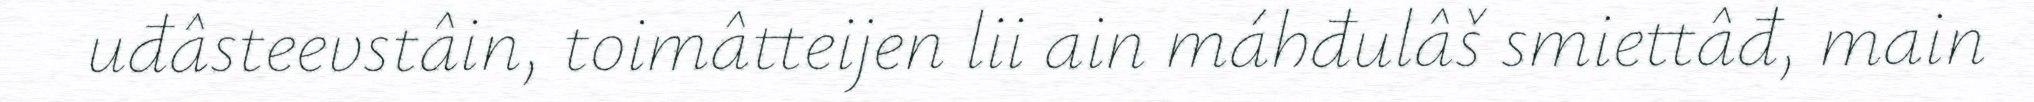
uđâsteevstâin, toimâtteijen lii ain máhđulâš smiettâđ, main